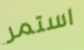
استمر